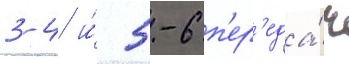
3-4 и́ 5-6 п'ер'еда́ч